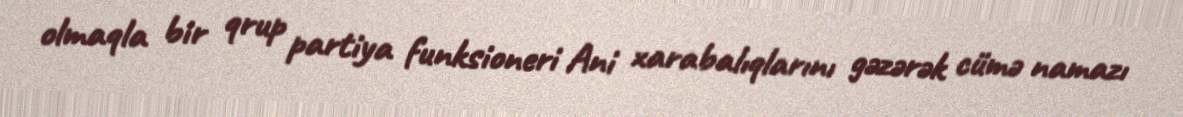
olmaqla bir qrup partiya funksioneri Ani xarabalıqlarını gəzərək cümə namazı